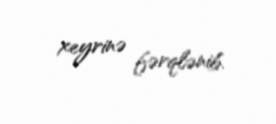
xeyrinə fərqlənib.